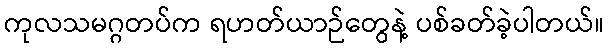
ကုလသမဂ္ဂတပ်က ရဟတ်ယာဉ်တွေနဲ့ ပစ်ခတ်ခဲ့ပါတယ်။